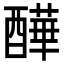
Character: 𨣄